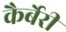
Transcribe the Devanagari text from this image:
कैर्बेरी